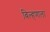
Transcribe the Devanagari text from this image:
बिल्हणाला